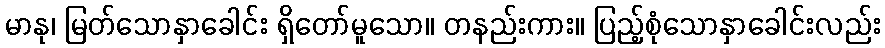
မာနု၊ မြတ်သောနှာခေါင်း ရှိတော်မူသော။ တနည်းကား။ ပြည့်စုံသောနှာခေါင်းလည်း